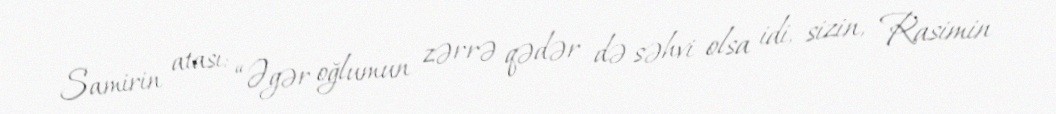
Samirin atası: “Əgər oğlumun zərrə qədər də səhvi olsa idi, sizin, Rasimin